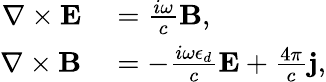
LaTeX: \begin{array}{rl}{\nabla\times\mathbf{E}}&{{}=\frac{i\omega}{c}\mathbf{B},}\\ {\nabla\times\mathbf{B}}&{{}=-\frac{i\omega\epsilon_{d}}{c}\mathbf{E}+\frac{4\pi}{c}\mathbf{j},}\end{array}